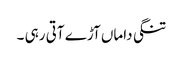
تنگی داماں آڑے آتی رہی ۔